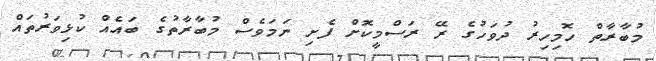
މުބާރާތް ހޮމިހިރު ދުވަހުގެ ރޭ ރަސްމީކޮށް ފެށި ނަމަވެސް މުބާރާތުގެ ބައެއް ކުޅިވަރުތައް